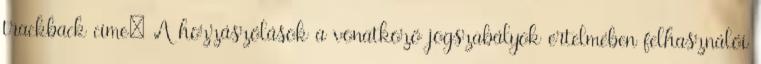
trackback címe: A hozzászólások a vonatkozó jogszabályok értelmében felhasználói